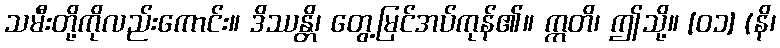
သမီးတို့ကိုလည်းကောင်း။ ဒိဿန္တိ၊ တွေ့မြင်အပ်ကုန်၏။ ဣတိ၊ ဤသို့။ [၀၁] (နိ၊